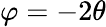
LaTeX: \varphi=-2\theta